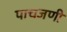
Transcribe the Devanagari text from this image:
पाचजणी